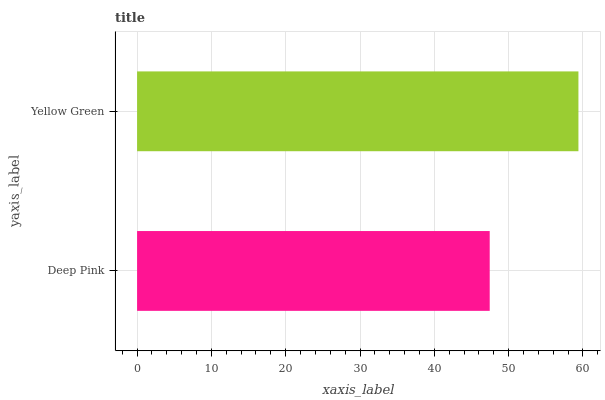
| yaxis_label | bars |
 | --- | --- |
 | Deep Pink | 47.4 |
 | Yellow Green | 59.4 |